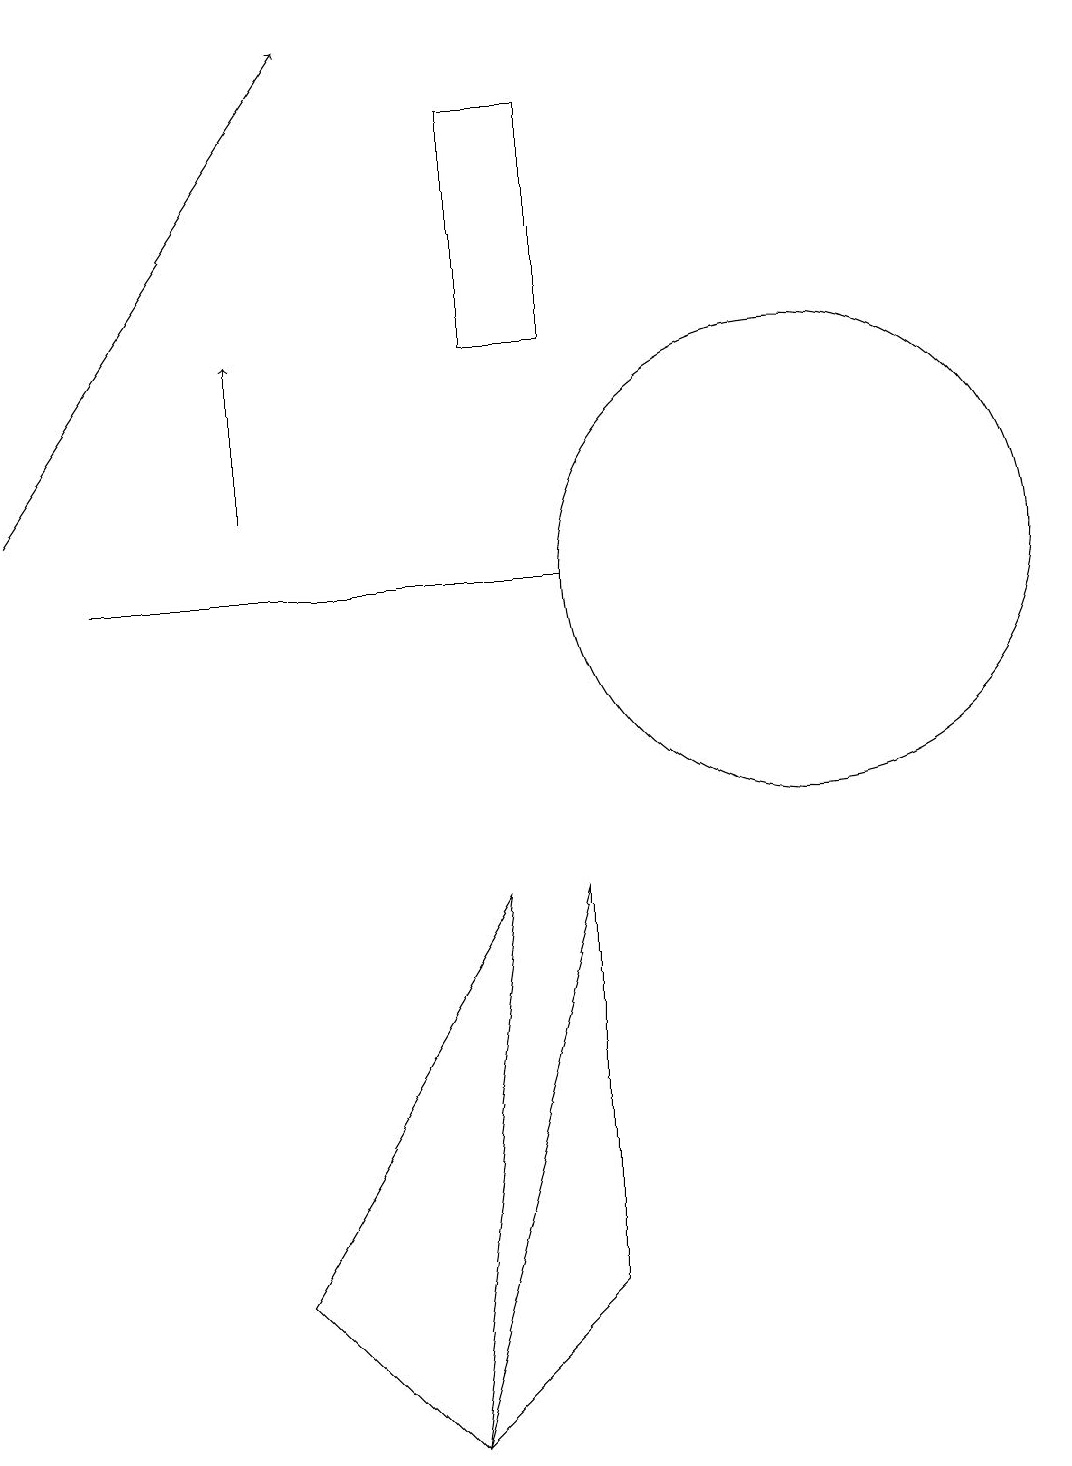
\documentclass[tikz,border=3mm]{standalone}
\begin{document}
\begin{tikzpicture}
\draw (4,2) -- (6,0) -- (7,7) -- cycle;
\draw[->] (1,12) -- (5,18);
\draw (8,7) -- (8,2) -- (6,0) -- cycle;
\draw (11,11) circle (3);
\draw (7,17) rectangle (8,14);
\draw (2,11) rectangle (8,11);
\draw[->] (4,12) -- (4,14);
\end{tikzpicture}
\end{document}